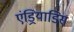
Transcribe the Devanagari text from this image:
एंड्रियाडिस